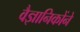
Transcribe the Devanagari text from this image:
वैज्ञानिकोंने